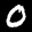
Label: 0